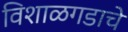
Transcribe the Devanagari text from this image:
विशाळगडाचे